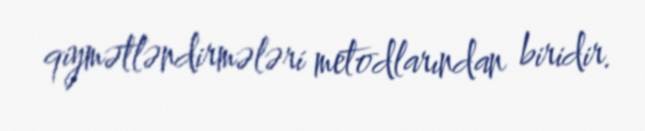
qiymətləndirmələri metodlarından biridir.